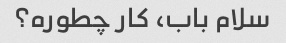
سلام باب، کار چطوره؟